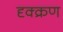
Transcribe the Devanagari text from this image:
दृक्क्रण